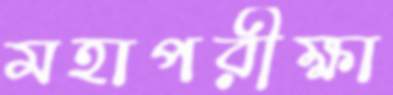
মহাপরীক্ষা